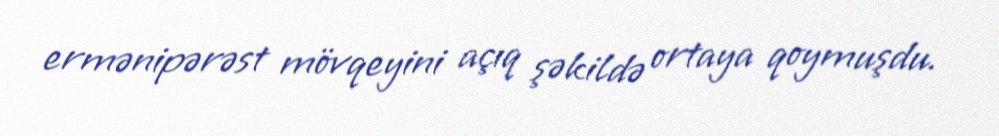
ermənipərəst mövqeyini açıq şəkildə ortaya qoymuşdu.